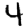
Digit: 4